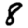
Digit: 8